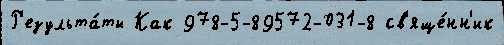
Р'езульта́ты Как 978-5-89572-031-8 св'яще́нн'ик